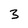
Character: 3